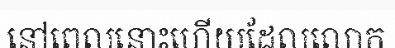
នៅពេលនោះហើយដែលលោក